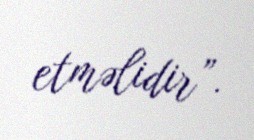
etməlidir”.